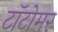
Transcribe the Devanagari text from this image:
टॉटोमर